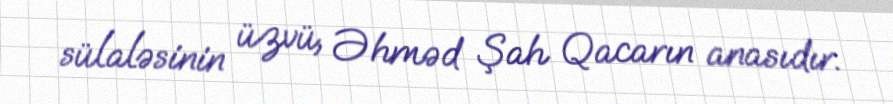
sülaləsinin üzvü, Əhməd Şah Qacarın anasıdır.